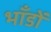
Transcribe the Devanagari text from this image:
भाँडों